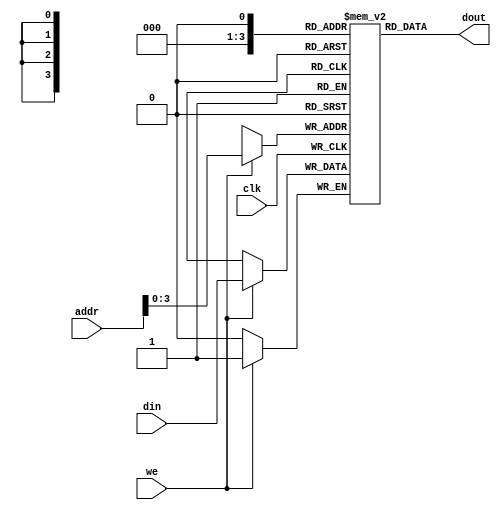
module asynchronus_ram
#(parameter ADDR_WDITH = 8, DATA_WDITH =1)

(
	clk, we, addr, din, dout
);

input wire clk, we;
input wire [ADDR_WDITH-1:0] addr;
input wire [DATA_WDITH-1:0] din;
output wire [DATA_WDITH-1:0] dout;

reg [DATA_WDITH-1:0] ram [2*ADDR_WDITH-1:0];
reg [ADDR_WDITH-1:0] add_reg;

always @(posedge clk) begin
	if (we)
		ram[addr] <= din;
	add_reg <= addr;
end

assign dout = ram[addr_reg];

endmodule